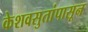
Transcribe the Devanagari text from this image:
केशवसुतांपासून